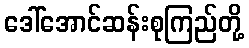
ဒေါ်အောင်ဆန်းစုကြည်တို့